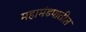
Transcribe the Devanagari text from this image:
महामंडपातील